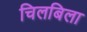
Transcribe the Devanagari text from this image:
चिलबिला